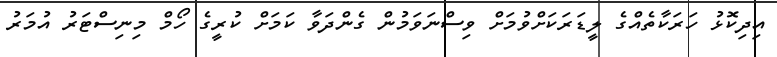
އިދިކޮޅު ހަރަކާތެއްގެ ލީޑަރަކަށްވުމަށް ވިސްނަވަމުން ގެންދަވާ ކަމަށް ކުރީގެ ހޯމް މިނިސްޓަރު އުމަރު